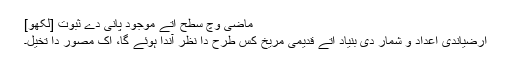
ماضی وچ سطح اُتے موجود پانی دے ثبوت [لکھو]
ارضیاندی اعداد و شمار دی بنیاد اُتے قدیمی مریخ کس طرح دا نظر آندا ہوئے گا، اک مصور دا تخیل۔